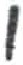
אות: י